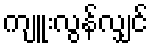
ကျူးလွန်လျှင်